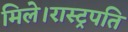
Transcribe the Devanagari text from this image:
मिले।रास्ट्रपति